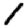
Digit: 1